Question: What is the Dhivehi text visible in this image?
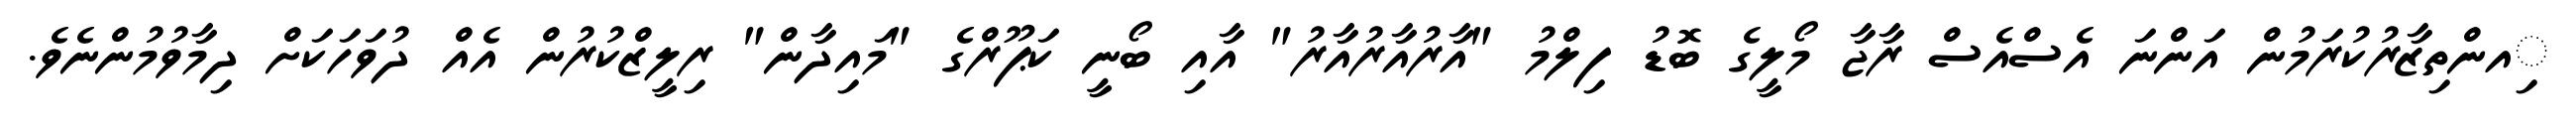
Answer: ިއންތިޒާރުކުރަމުން އަންނަ އެސްއެސް ރާޖާ މޯލީގެ ބޮޑު ފިލްމު "އާރުއާރުއާރު" އާއި ބޯނީ ކަޕޫރްގެ "މައިދާން" ރިލީޒްކުރުން އެއް ދުވަހަކަށް ދިމާވުމުންނެވެ.